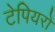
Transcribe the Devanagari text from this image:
टेपियरों